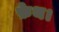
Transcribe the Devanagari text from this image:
फ़ेथ।